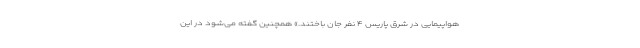
هواپیمایی در شرق پاریس ۴ نفر جان باختند.» همچنین گفته می‌شود در این